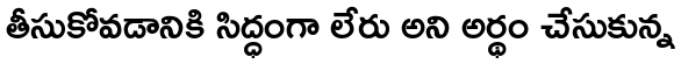
తీసుకోవడానికి సిద్ధంగా లేరు అని అర్థం చేసుకున్న